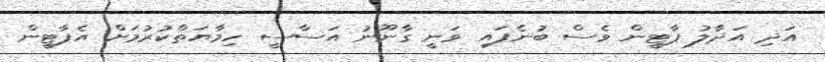
އަދި އަދާލު ޕާޓީން ވެސް ބުނެފައި ވަނީ ގާނޫނު އަސާސީ ހިމާޔަތްކުރުމަށް އެޕާޓީން